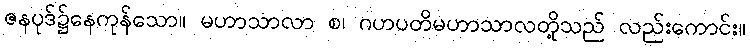
ဇနပုဒ်၌နေကုန်သော။ မဟာသာလာ စ၊ ဂဟပတိမဟာသာလတို့သည် လည်းကောင်း။